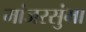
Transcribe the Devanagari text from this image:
मांजरसुंभा